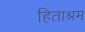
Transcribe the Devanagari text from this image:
हिताश्रम